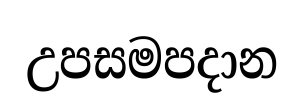
උපසමපදාන